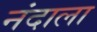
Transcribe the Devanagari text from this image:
नंदाला